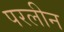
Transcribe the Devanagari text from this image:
परलीन